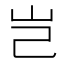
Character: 岂